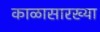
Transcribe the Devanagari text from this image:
काळासारख्या